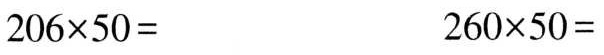
$$2 0 6 \times 5 0 =$$ $$2 6 0 \times 5 0 =$$